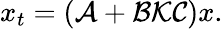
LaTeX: x_{t}=(\mathcal{A}+\mathcal{B}\mathcal{K}\mathcal{C})x.